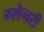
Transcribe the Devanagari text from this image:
ग्‍लेनरी